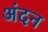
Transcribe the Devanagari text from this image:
अंदन